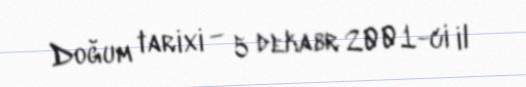
Doğum tarixi — 5 dekabr 2001-ci il